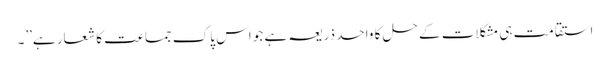
استقامت ہی مشکلات کے حل کا واحد ذریعہ ہے جو اس پاک جماعت کا شعار ہے’’۔